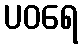
ပဝရေ